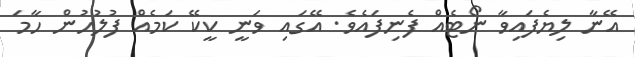
އޭނާ ލިޔެފައިވާ ނޯޓެއް ފެނިފައެވެ. އޭގައި ވަނީ ކީކޭ ކަމެއް ފުލުހުން ހާމަ